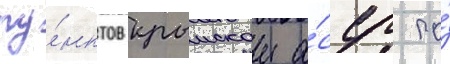
пу́нктов крымскои а́сср по́